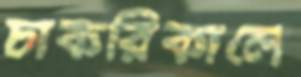
চাকরিকালে